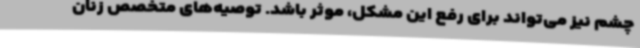
چشم نیز می‌تواند برای رفع این مشکل، موثر باشد. توصیه‌های متخصص زنان